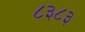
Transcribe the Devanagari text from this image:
८३८३